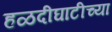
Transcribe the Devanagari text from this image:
हळदीघाटीच्या